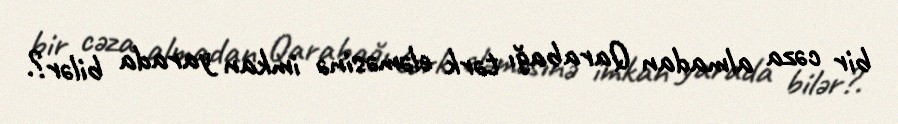
bir cəza almadan Qarabağı tərk eləməsinə imkan yarada bilər?.